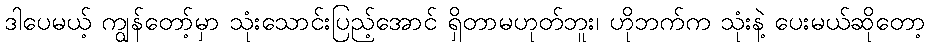
ဒါပေမယ့် ကျွန်တော့်မှာ သုံးသောင်းပြည့်အောင် ရှိတာမဟုတ်ဘူး၊ ဟိုဘက်က သုံးနဲ့ ပေးမယ်ဆိုတော့